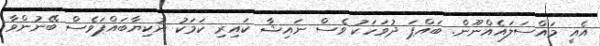
އެއީ މައްސަލައެއްނޫން. ބައްޕަ ދުވަހަކު ވެސް ނައިޝާ ކައިރި ކަމަކު ނުކިޔާބަައްޕަވެސް ބޭނުންވާ